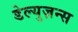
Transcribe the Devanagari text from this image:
डेल्युज़न्स